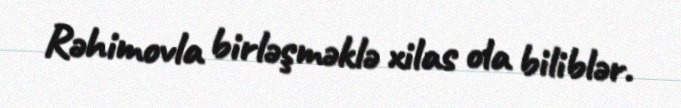
Rəhimovla birləşməklə xilas ola biliblər.